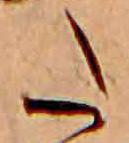
た